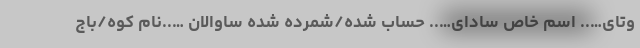
وتای….. اسم خاص سادای….. حساب شده/شمرده شده ساوالان …..نام کوه/باج